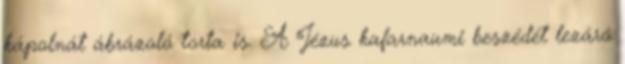
kápolnát ábrázoló torta is. A Jézus kafarnaumi beszédét lezáró